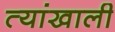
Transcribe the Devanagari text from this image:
त्यांखाली